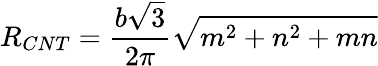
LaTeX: R_{CNT}=\frac{b\sqrt{3}}{2\pi}\sqrt{m^{2}+n^{2}+mn}